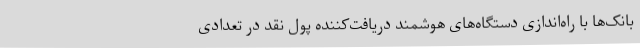
بانک‌ها با راه‌اندازی دستگاه‌های هوشمند دریافت‌کننده پول نقد در تعدادی